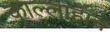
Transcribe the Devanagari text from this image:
काल्लाहान